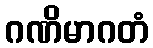
ဂဏိမာဂတံ